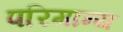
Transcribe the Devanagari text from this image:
परिमान्य